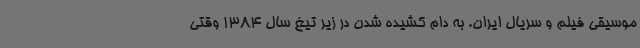
موسیقی فیلم و سریال ایران. به دام کشیده شدن در زیر تیغ سال 1384 وقتی